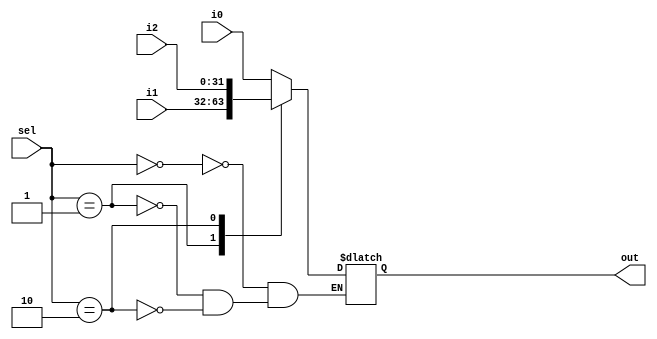
// EECE3324 Computer Architecture
// Advanced Project
// Tim Liming

// 3-to-1 MUX  (32-bit inputs)

`timescale 1ns / 1ns

module mux3to1_32bit(i0, i1, i2, sel, out);
  
  input [31:0] i0, i1, i2;  // input 1 and 2
  input [1:0] sel;          // select bits
  output reg [31:0] out;    // output
  
  // loop for mux operation
  always @ (sel or i0 or i1 or i2) begin
    case(sel)
      // if sel is 0...
      2'b00: begin
        // select input 0
        out <= i0;
      end
      
      // if sel is 1...
      2'b01: begin
        // select input 1
        out <= i1;
      end
      
      // if sel is 2...
      2'b10: begin
        // select input 2
        out <= i2;
      end
    endcase
  end

endmodule